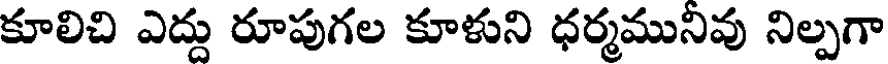
కూలిచి ఎద్దు రూపుగల కూళుని ధర్మమునివు నిల్పగా